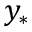
y _ { * }